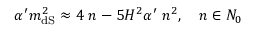
\alpha ^ { \prime } m _ { \mathrm { d S } } ^ { 2 } \approx 4 \; n - 5 H ^ { 2 } \alpha ^ { \prime } \; n ^ { 2 } , \quad n \in N _ { 0 }